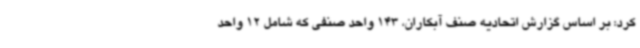
کرد: بر اساس گزارش اتحادیه صنف آبکاران، 143 واحد صنفی که شامل 12 واحد